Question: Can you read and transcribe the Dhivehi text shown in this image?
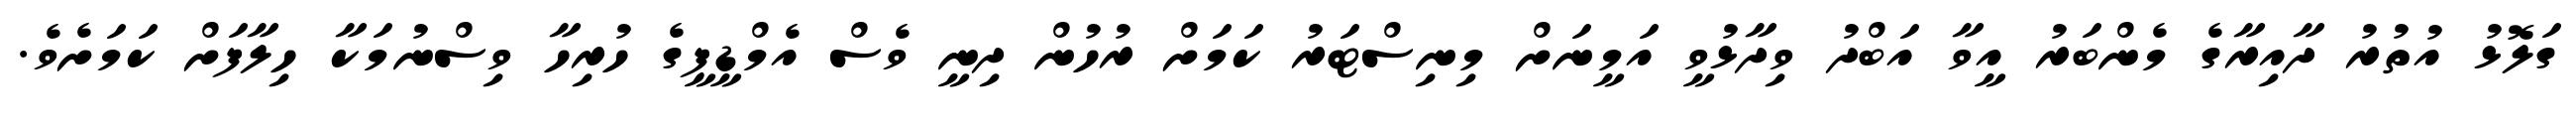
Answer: ގަލޮޅު އުތުރު ދާއިރާގެ މެންބަރު އީވާ އަބްދު ވިދާޅުވީ އަމީނަށް މިނިސްޓަރު ކަމަށް ރުހުން ދިނީ ވެސް އެމްޑީޕީގެ ހުރިހާ ވިސްނުމަކާ ހިލާފަށް ކަމަށެވެ.